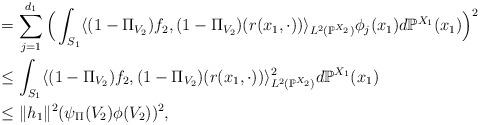
LaTeX: \begin{align*}&=\sum_{j=1}^{d_1}\Big(\int_{S_1} \langle (1-\Pi_{V_2})f_2,(1-\Pi_{V_2})(r(x_1,\cdot))\rangle_{L^2(\mathbb{P}^{X_2})} \phi_j(x_1)d\mathbb{P}^{X_1}(x_1) \Big)^2 \\&\leq\int_{S_1} \langle (1-\Pi_{V_2})f_2,(1-\Pi_{V_2})(r(x_1,\cdot))\rangle_{L^2(\mathbb{P}^{X_2})}^2d\mathbb{P}^{X_1}(x_1)\\&\leq \Vert h_1\Vert^2(\psi_\Pi(V_2)\phi(V_2))^2,\end{align*}